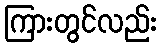
ကြားတွင်လည်း